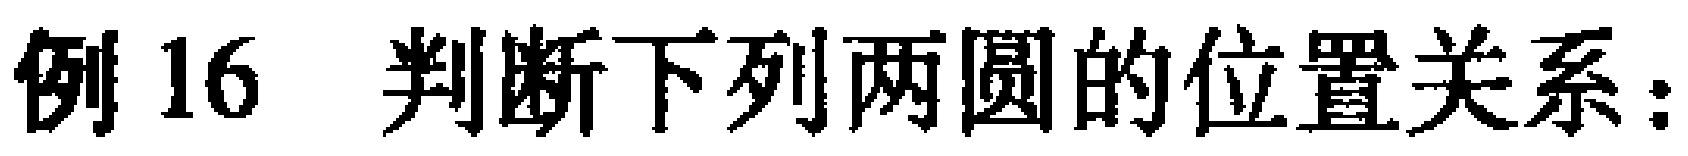
例16 判断下列两圆的位置关系：